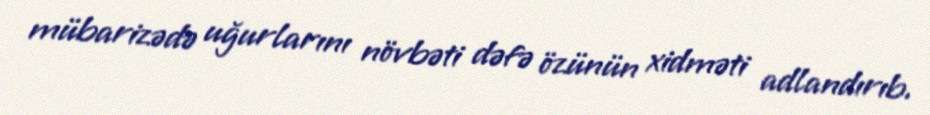
mübarizədə uğurlarını növbəti dəfə özünün xidməti adlandırıb.